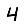
Digit: 4